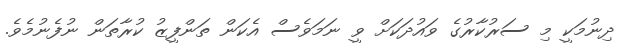
ދިނުމަކީ މި ސަރުކާރުގެ ވައުދަކަށް ވީ ނަމަވެސް އެކަން ތަންފީޒު ކުރާތަން ނުފެނުމެވެ.